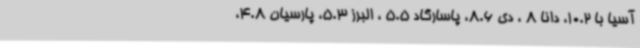
آسیا با 10.2، دانا 8 ، دی 8.6، پاسارگاد 5.5 ، البرز 5.3، پارسیان 4.8،